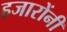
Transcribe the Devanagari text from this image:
हजारोंनी